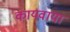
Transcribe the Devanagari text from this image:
कायवाया